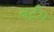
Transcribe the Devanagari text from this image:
बर्ट्रम